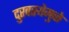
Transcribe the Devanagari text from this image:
दुरवस्थेमुळे